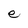
Character: e